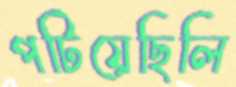
পটিয়েছিলি